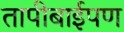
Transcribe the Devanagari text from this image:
तापीबाईपण